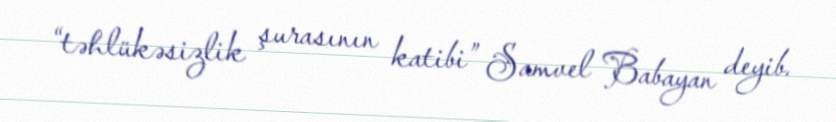
“təhlükəsizlik şurasının katibi” Samvel Babayan deyib.